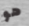
هو